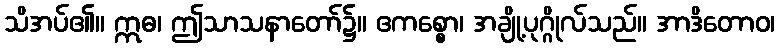
သိအပ်၏။ ဣဓ၊ ဤသာသနာတော်၌။ ဧကစ္စော၊ အချို့ပုဂ္ဂိုလ်သည်။ အာဒိတောဝ၊